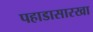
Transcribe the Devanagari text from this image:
पहाडासारखा